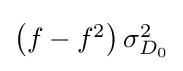
{\textstyle \left(f-f^{2}\right)\sigma _{D_{0}}^{2}}